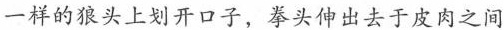
一样的狼头上划开口子，拳头伸出去于皮肉之间